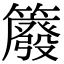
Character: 䉬